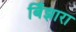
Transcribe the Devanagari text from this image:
बिँझारा